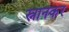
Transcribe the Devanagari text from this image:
स्नानकर